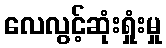
လေလွင့်ဆုံးရှုံးမှု